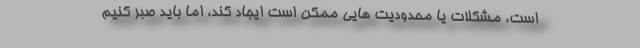
است، مشکلات یا محدودیت هایی ممکن است ایجاد کند، اما باید صبر کنیم